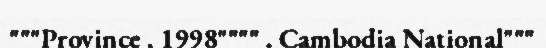
"""Province , 1998"""" . Cambodia National"""